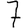
Digit: 7